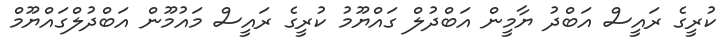
ކުރީގެ ރައީސް އަބްދު ޔާމީން އަބްދުލް ގައްޔޫމު ކުރީގެ ރައީސް މައުމޫން އަބްދުލްގައްޔޫމް